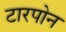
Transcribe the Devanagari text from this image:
टारपोन